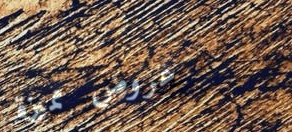
عروض مميزة